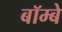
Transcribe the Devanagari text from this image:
बॉम्‍बे